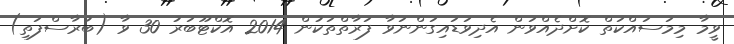
ވީމާ މިމަސައްކަތް ކޮށްދެއްވަން އެދިވަޑައިގަންނަވާ ފަރާތްތަކުން 2014 އޮކްޓޫބަރު 30 ވާ (ބުރާސްފަތި)